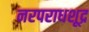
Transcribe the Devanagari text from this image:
नरपराधशूद्र